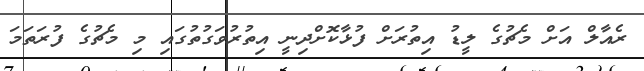
ރެއާލް އަށް މެޗުގެ ލީޑު އިތުރަށް ފުޅާކޮށްދިނީ އިތުރުވަގުތުގައި މި މެޗުގެ ފުރަތަމަ